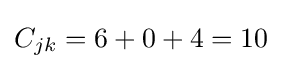
C_{jk}=6+0+4=10